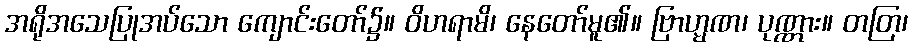
အရိုအသေပြုအပ်သော ကျောင်းတော်၌။ ဝိဟရာမိ၊ နေတော်မူ၏။ ဗြာဟ္မဏ၊ ပုဏ္ဏား။ တတြ၊